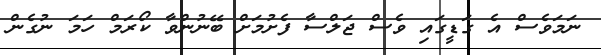
ނަމަވެސް އެ ގަޑީގައި ވެސް ޖަލްސާ ފެށުމަށް ބޭނުންވާ ކޯރަމް ހަމަ ނުގެން